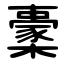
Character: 㯻